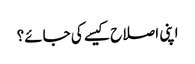
اپنی اصلاح کیسے کی جائے؟